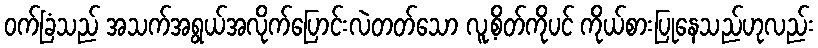
ဝက်ခြံသည် အသက်အရွယ်အလိုက်ပြောင်းလဲတတ်သော လူ့စိတ်ကိုပင် ကိုယ်စားပြုနေသည်ဟုလည်း